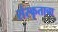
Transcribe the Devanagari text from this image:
संस्कृताचा